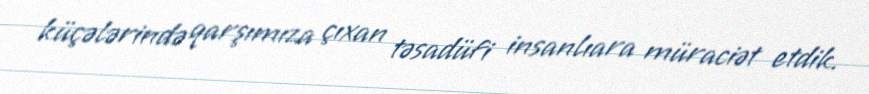
küçələrində qarşımıza çıxan təsadüfi insanlıara müraciət etdik.